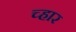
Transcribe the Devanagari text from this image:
च्हार